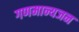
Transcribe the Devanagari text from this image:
गणमान्यजन